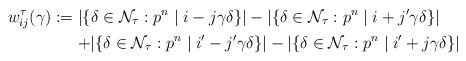
LaTeX: \begin{align*}w_{ij}^\tau(\gamma)&:=|\{\delta\in\mathcal{N}_\tau:p^n\mid i-j\gamma\delta\}|-|\{\delta\in\mathcal{N}_\tau:p^n\mid i+j'\gamma\delta\}|\\&\mathrel{\phantom{:=}}+|\{\delta\in\mathcal{N}_\tau:p^n\mid i'-j'\gamma\delta\}|-|\{\delta\in\mathcal{N}_\tau:p^n\mid i'+j\gamma\delta\}|\end{align*}